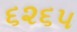
૬૨૬૫